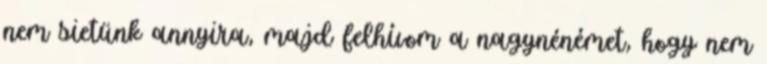
nem sietünk annyira, majd felhívom a nagynénémet, hogy nem